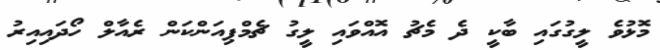
މޮޅުވެ ލީގުގައި ބާކީ ދެ މެޗު އޮއްވައި ލީގު ޗެމްޕިއަންކަން ރެއާލް ހޯދައިއިރު